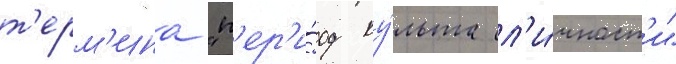
т'ерм'ина "п'ер'и́од ку́льта л'и́чност'и"